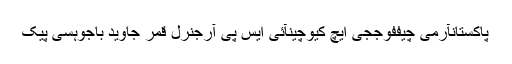
پاکستانآرمی چیففوججی ایچ کیوچینآئی ایس پی آرجنرل قمر جاوید باجوہسی پیک